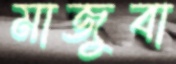
মাজুবা